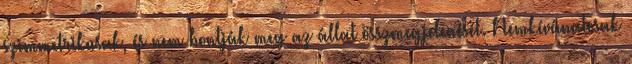
szimmetrikusak, és nem bontják meg az állat összmegjelenését. Nemkívánatosak